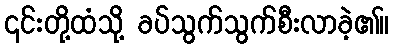
၎င်းတို့ထံသို့ ခပ်သွက်သွက်စီးလာခဲ့၏။